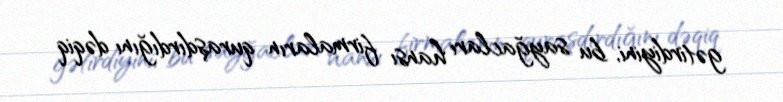
gətirdiyini, bu sayğacları hansı firmaların quraşdırdığını dəqiq